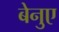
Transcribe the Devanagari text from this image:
बेनुए